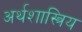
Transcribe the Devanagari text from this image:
अर्थशास्त्रिय